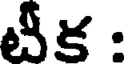
టీక :